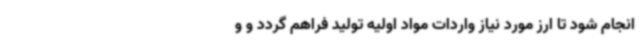
انجام شود تا ارز مورد نیاز واردات مواد اولیه تولید فراهم گردد و و